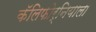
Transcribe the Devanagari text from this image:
कॅलिफोर्नियाला